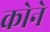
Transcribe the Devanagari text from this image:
काेने